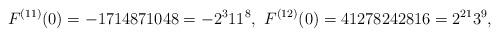
LaTeX: \begin{align*}F^{(11)}(0)=-1714871048=-2^{3}11^{8},\ F^{(12)}(0)=41278242816=2^{21}3^{9},\end{align*}